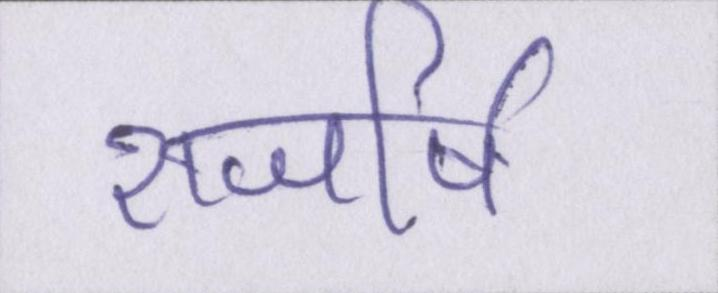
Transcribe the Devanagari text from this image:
राजर्षि